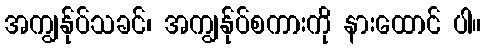
အကျွန်ုပ်သခင်၊ အကျွန်ုပ်စကားကို နားထောင် ပါ။